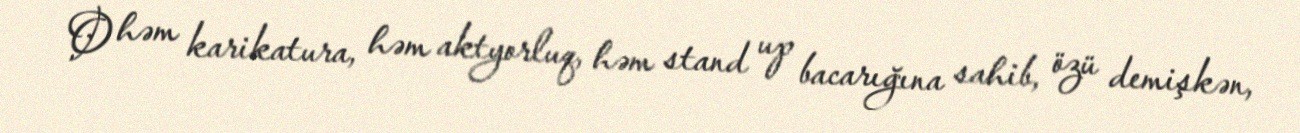
O həm karikatura, həm aktyorluq, həm stand up bacarığına sahib, özü demişkən,